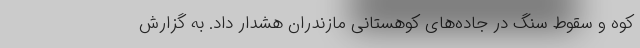
کوه و سقوط سنگ در جاده‌های کوهستانی مازندران هشدار داد. به گزارش